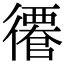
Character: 𢖎